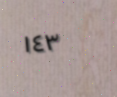
١٤٣